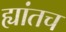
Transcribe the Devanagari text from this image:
ह्यांतच